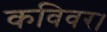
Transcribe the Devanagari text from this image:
कविवर।